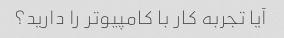
آیا تجربه کار با کامپیوتر را دارید؟